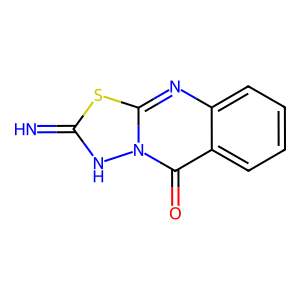
SMILES: N=c1[nH]n2c(=O)c3ccccc3nc2s1
Inhibits HIV replication: No